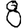
Digit: 8